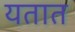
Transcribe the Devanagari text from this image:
यतात